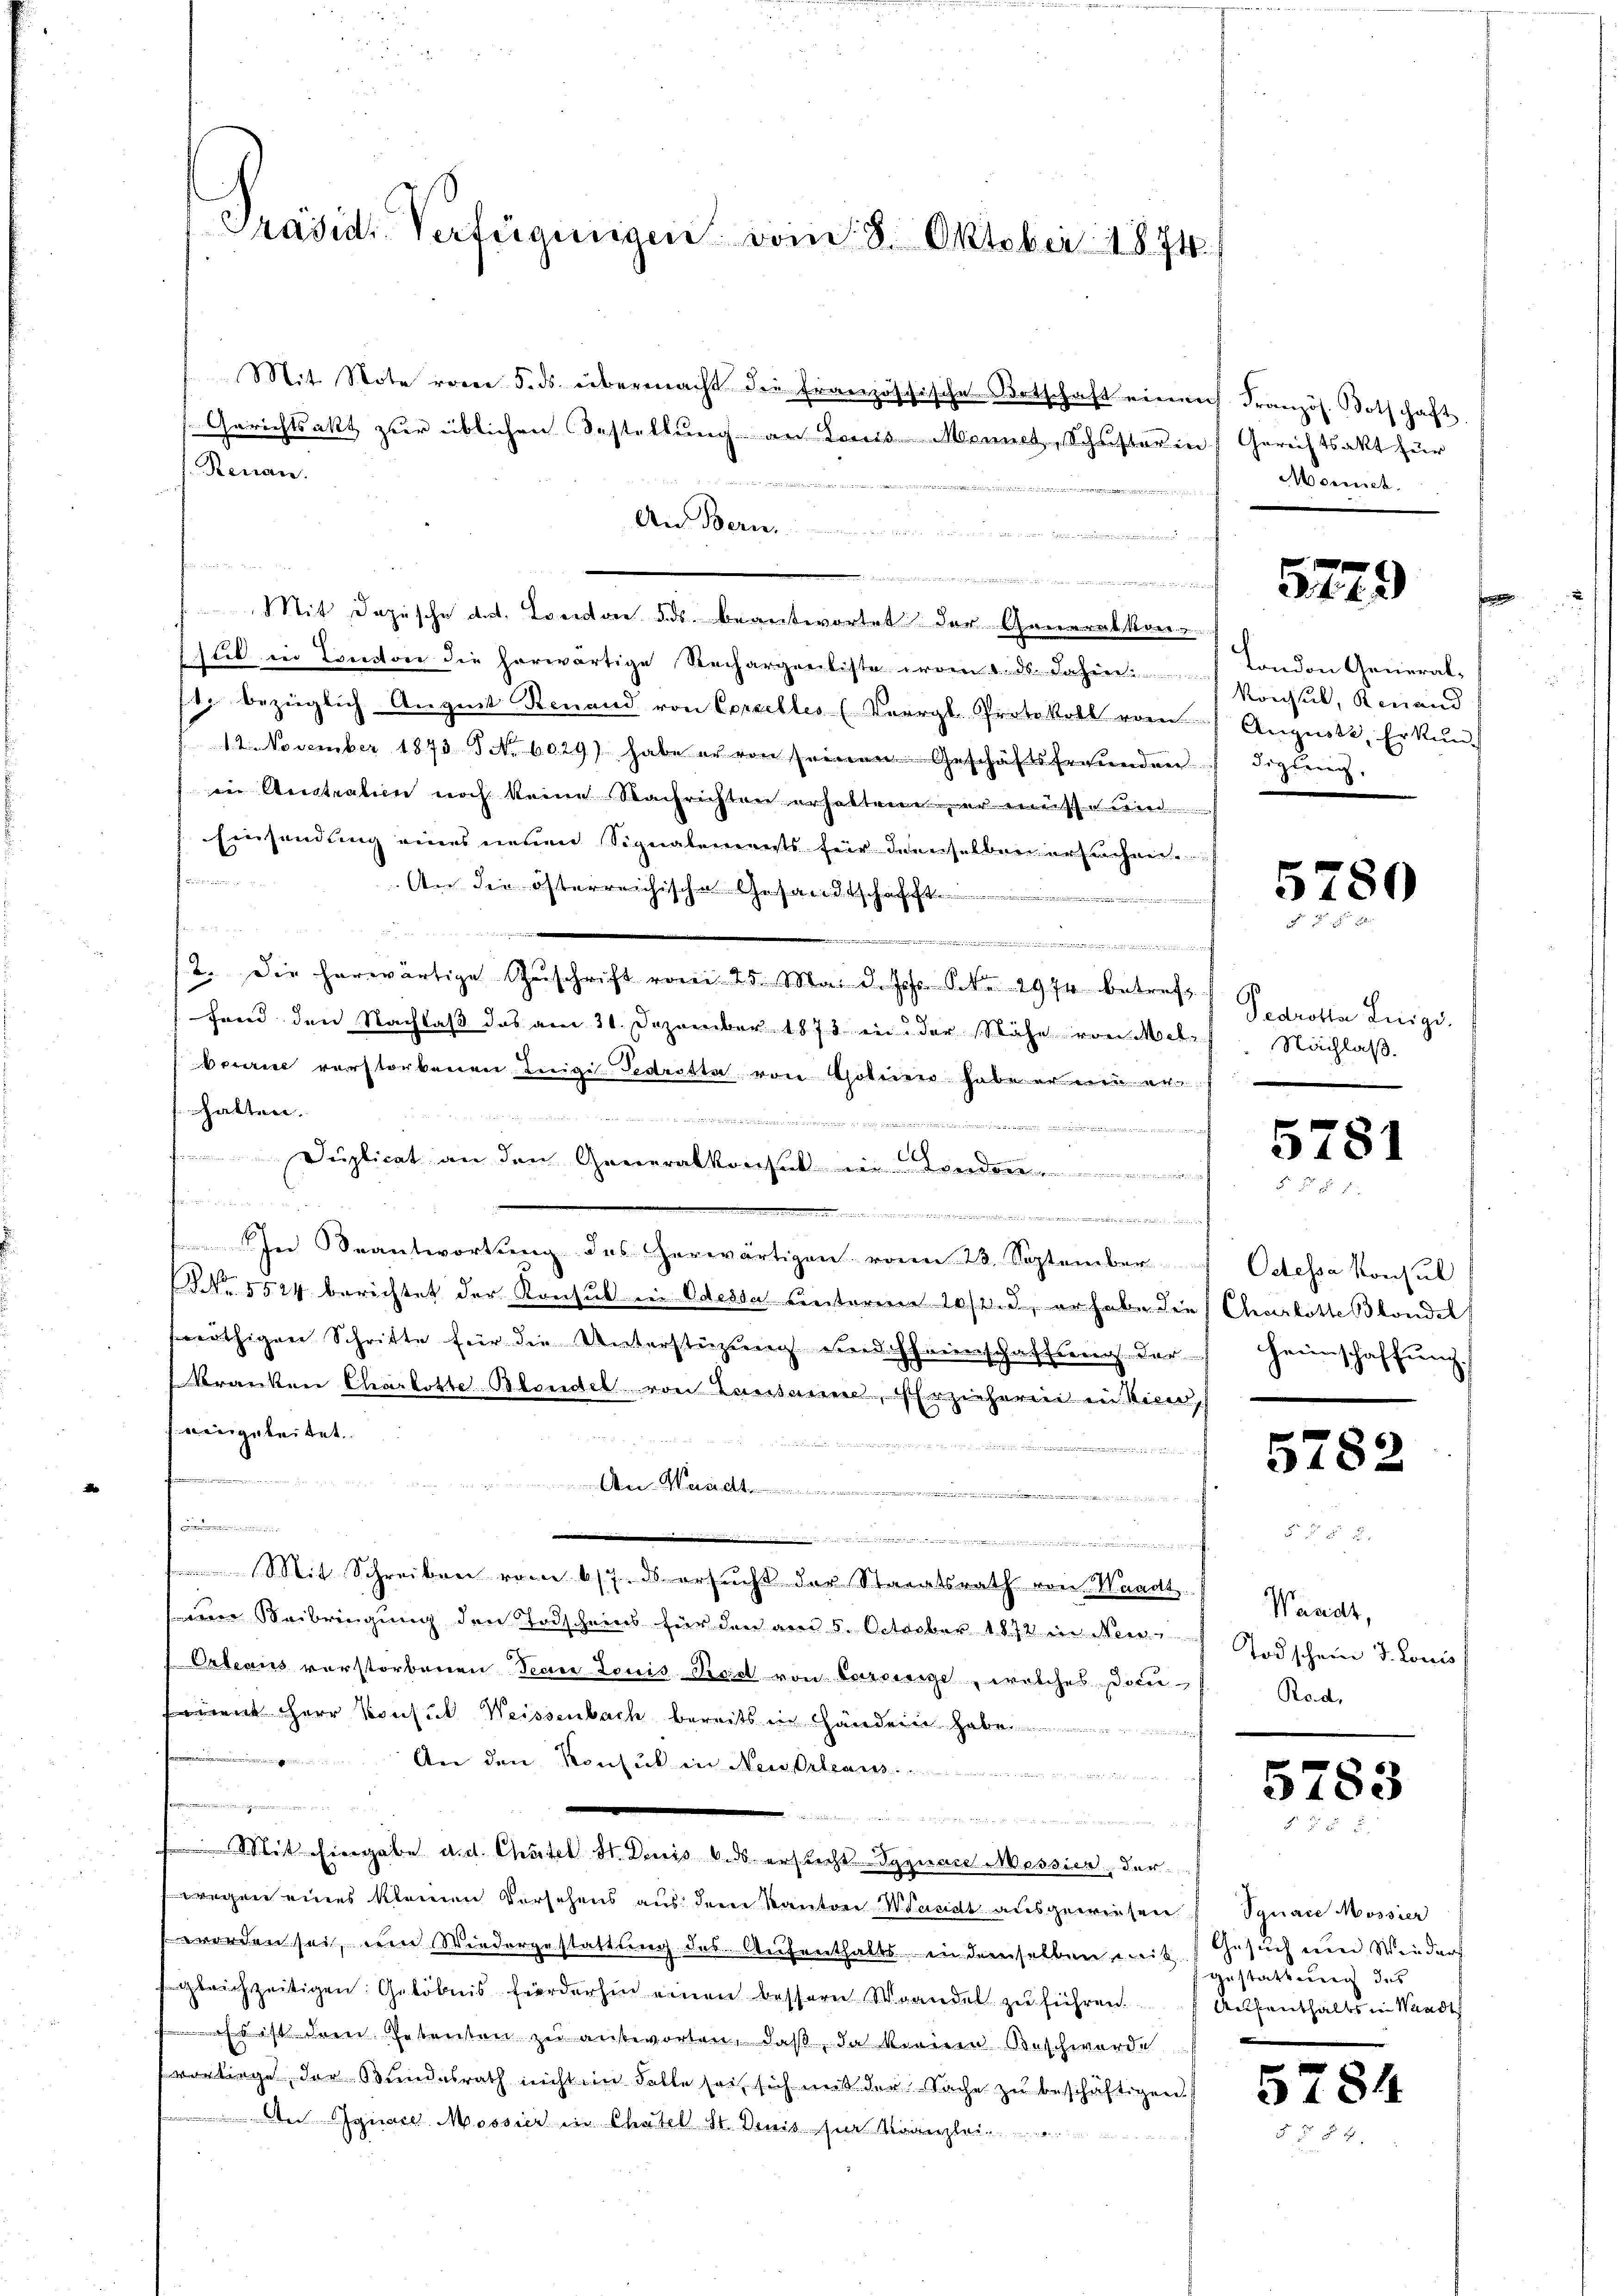
Präsid. Verfügungen vom 8. Oktober 1874.

Mit Note voren 5. ds. übermacht die französchische Botschaft eine
Gerichtsakt zur üblichen Bestellung an Louis-Monnet, Schuster in
Renan
7 in
An Bern.
au den
gen
Mit Dozische dat. London des beantwortet der Generalkon-
sul in Canton die herwärtige Rechargenliste vom 1. ds. dahin: London General-
1. bezüglich Angeit Renand von Coralles (Vergl. Protokoll vom Augusti, Erkŭn-
12. November 1873 No. 6029) habe er von seinen Geschäftsfestunden.
in Austratien noch keine Nachrichten erhaltene er müsse wird
Einsendung eines neuen Signalements für denselben erfrehnen
n
An die österreichische Gesandtschafft
.
kn. 3.

12. Die herwärtige Zuschrift vom 25. Mai d. Jos. Nr. 297 betreff
fand den Nachlaß das am 31. Dezember 1878 in der Nähe von Melberau verstorbenen Inigi-Gedrette von Goteien habe er neu ern
fhalten.
 e 1 in den in de
Duplicat an den Generalkonsul in Londer
d
.
In Beantwortung des herwärtigen vom 23. September
Nr. 5524 berichtet der Konsul in Odessa ventaren 10/3. d, er habe die
nöthigen Schritte für die Unterstüzung und Eheimschaftung. Dar-
kranker Charlotte Blandel von Lausanen, Erzieherini in Vicen,
weigeleitet.
hunden
d
mten ................................
e
.......................
Mit Schreiben vom 6/7. ds ersucht der Staaatsrath von Waadt
em Beibringung den Todscheins für den am 5. October 1872 in Nei
Orleans vorstorbenen Techne Louis Piviel von Versiege, welches Docurient Herr Konsul Weissenbach bereits in Handere habe
.
An den Konsul in Neu Orleans
.

Mit Eingabe d. d. Chatel ds Denis 6. ds erricht Syguard Messier, der
wegen eines kleinen Versehens aus dem Kanton Waadt ausgewiesen
worden sei, ein Wiedergestattung des Aufenthalts in demselben mit
ggleichzeitigen: Gelöbnis forderhin einen bessern Wandel zu führen.
 ist den Petenten zu antworten, daß, da körnen Beschwerde
vorliege, der Bundesrath nicht im Falle sei, sich mit der Sache zu beschäftigen.
 Der Agnare Mossier in Chatel St. Denis zur Kanzlei

ach Französ. Botschaft.
d.) Gerichtsakt zur
Mich.

s

579

f
Konsul, Renand
 digung,

5780
 3

earotta Luigi.
Nachlaß.

5781

Octessa Konsul
Charlotte Blondel
Heimschaffung.

5782

Waadt,
Todschein d. Louis
Rod,

5783

Synaie Mossier
Gesuch um Wieders
Gestattung des
Aufenthalts in Waadt

5784